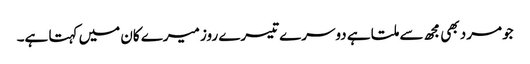
جو مرد بھی مجھ سے ملتا ہے دوسرے تیسرے روز میرے کان میں کہتا ہے۔